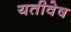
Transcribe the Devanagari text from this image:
यतीवेष